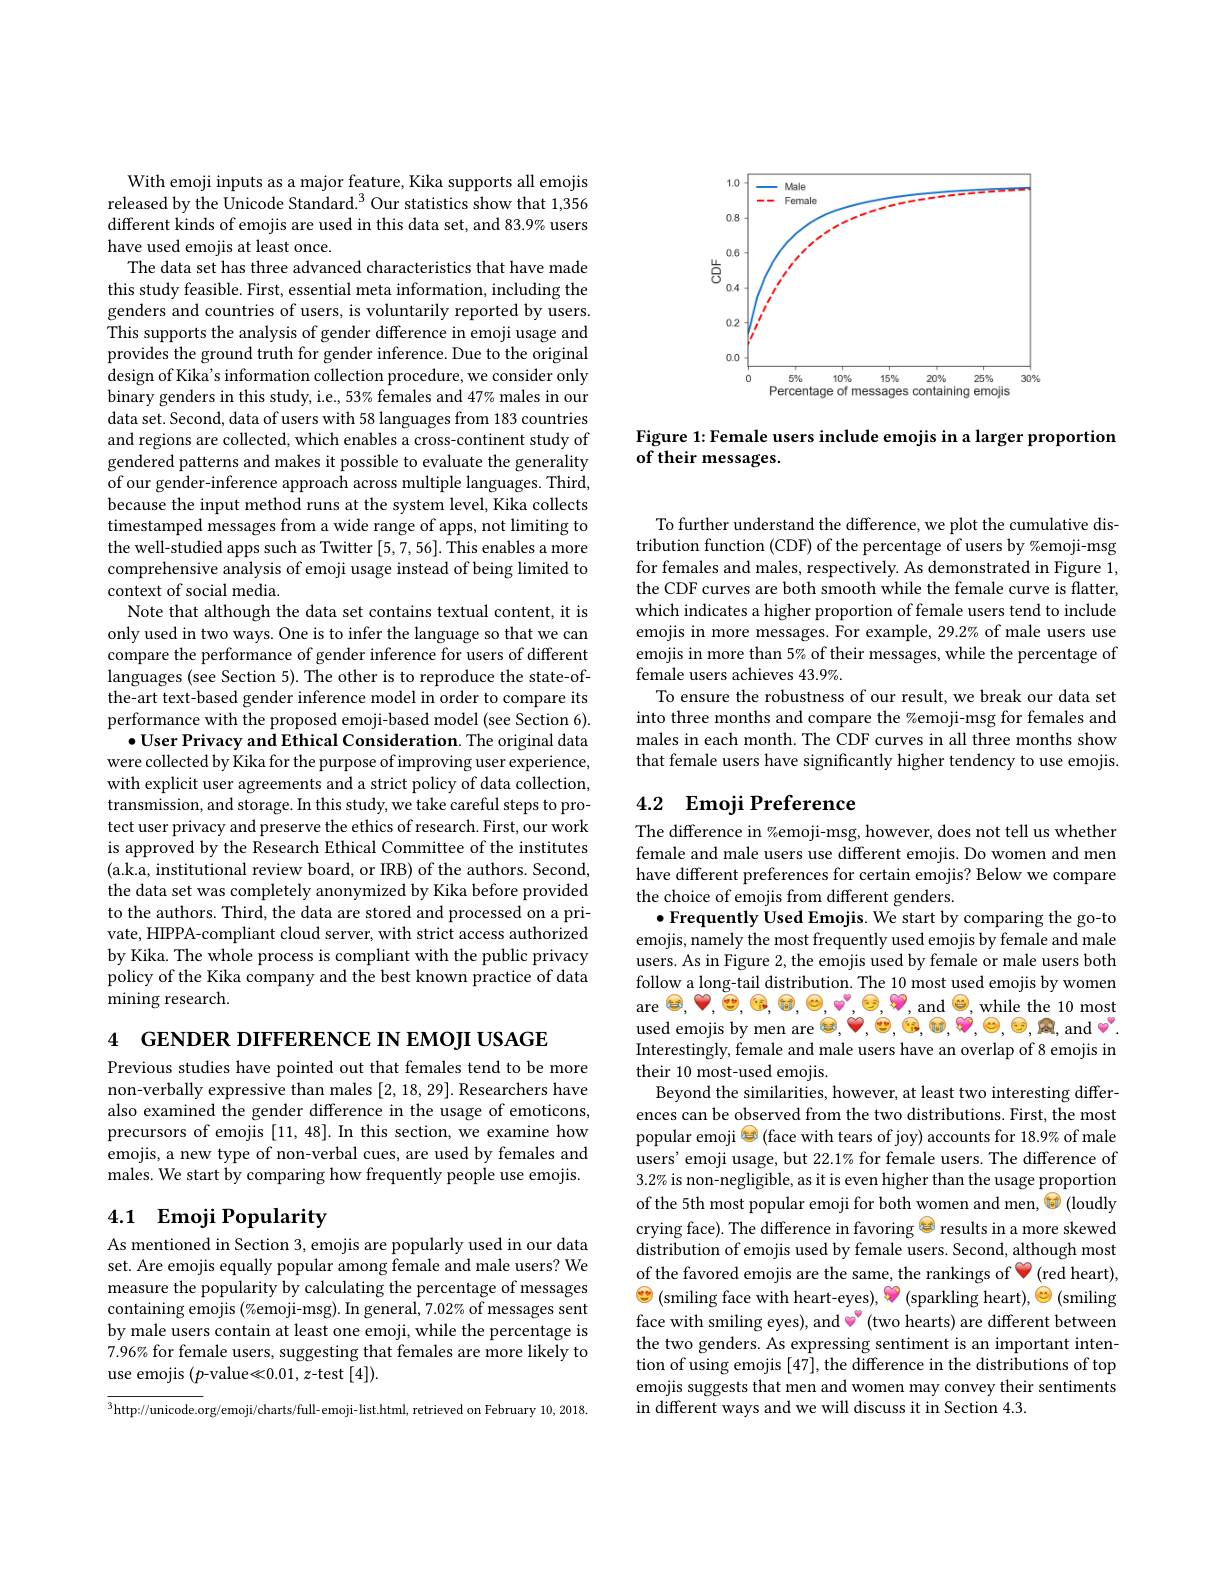
<FigureHere>

Figure 1: Female users include emojis in a larger proportion
of their messages.

With emoji inputs as a major feature, Kika supports all emojis released by the Unicode Standard.$^3$ Our statistics show that 1,356 different kinds of emojis are used in this data set, and 83.9% users have used emojis at least once.
The data set has three advanced characteristics that have made this study feasible. First, essential meta information, including the genders and countries of users, is voluntarily reported by users. This supports the analysis of gender difference in emoji usage and provides the ground truth for gender inference. Due to the original design of Kika's information collection procedure, we consider only binary genders in this study, i.e., 53% females and 47% males in our data set. Second, data of users with 58 languages from 183 countries and regions are collected, which enables a cross-continent study of gendered patterns and makes it possible to evaluate the generality of our gender-inference approach across multiple languages. Third, because the input method runs at the system level, Kika collects timestamped messages from a wide range of apps, not limiting to the well-studied apps such as Twitter [5,7,56]. This enables a more comprehensive analysis of emoji usage instead of being limited to context of social media.
Note that although the data set contains textual content, it is only used in two ways. One is to infer the language so that we can compare the performance of gender inference for users of different languages (see Section 5). The other is to reproduce the state-ofthe-art text-based gender inference model in order to compare its performance with the proposed emoji-based model (see Section 6).
$\bullet$ User Privacy and Ethical Consideration. The original data were collected by Kika for the purpose of improving user experience, with explicit user agreements and a strict policy of data collection, transmission, and storage. In this study, we take careful steps to protect user privacy and preserve the ethics of research. First, our work is approved by the Research Ethical Committee of the institutes (a.k.a, institutional review board, or IRB) of the authors. Second, the data set was completely anonymized by Kika before provided to the authors. Third, the data are stored and processed on a private, HIPPA-compliant cloud server, with strict access authorized by Kika. The whole process is compliant with the public privacy policy of the Kika company and the best known practice of data mining research.

4 GENDER DIFFERENCE IN EMOII USAGE

Previous studies have pointed out that females tend to be more non-verbally expressive than males [2,18,29]. Researchers have also examined the gender difference in the usage of emoticons, precursors of emojis [11,48]. In this section, we examine how emojis, a new type of non-verbal cues, are used by females and males. We start by comparing how frequently people use emojis.

## 4.1 Emoji Popularity

As mentioned in Section 3, emojis are popularly used in our data set. Are emojis equally popular among female and male users? We measure the popularity by calculating the percentage of messages containing emojis (%emoji-msg). In general, 7.02% of messages sent by male users contain at least one emoji, while the percentage is 7.96% for female users, suggesting that females are more likely to use emojis $(p$-value<0.01, z-test [4]).

$^3$http://unicode.org/emoji/charts/full-emoji-list.html, retrieved on February 10,2018.

To further understand the difference, we plot the cumulative distribution function (CDF) of the percentage of users by %emoji-msg for females and males, respectively. As demonstrated in Figure 1, the CDF curves are both smooth while the female curve is flatter, which indicates a higher proportion of female users tend to include emojis in more messages. For example, 29.2% of male users use emojis in more than 5% of their messages, while the percentage of female users achieves 43.9%.
To ensure the robustness of our result, we break our data set into three months and compare the %emoji-msg for females and males in each month. The CDF curves in all three months show that female users have significantly higher tendency to use emojis.

## 4.2 Emoji Preference

The difference in %emoji-msg, however, does not tell us whether female and male users use different emojis. Do women and men have different preferences for certain emojis? Below we compare the choice of emojis from different genders.
$\bullet$Frequently Used Emojis. We start by comparing the go-to emojis, namely the most frequently used emojis by female and male users. As in Figure 2, the emojis used by female or male users both follow a long-tail distribution. The 10 most used emojis by women are $\Theta,\heartsuit,\textcircled{\circ},\textcircled{\circ},\textcircled{\circ},\textcircled{\circ},\textcircled{\circ},\textcircled{\circ},\textcircled{\circ}$, and $\textcircled{\circ}$, while the 10 most used emojis by men are $\Theta,\heartsuit,\mathbb{C},\mathbb{C},\mathbb{C},\mathbb{C},\mathbb{C},\mathbb{C},\mathbb{C},\mathbb{R}$, and $\bullet.$ Interestingly, female and male users have an overlap of 8 emojis in their 10 most-used emojis.
Beyond the similarities, however, at least two interesting differences can be observed from the two distributions. First, the most popular emoji $\textcircled{\mathrm{e}}$ (face with tears of joy) accounts for 18.9% of male users' emoji usage, but 22.1% for female users. The difference of $3.2\%$ is non-negligible, as it is even higher than the usage proportion of the 5th most popular emoji for both women and men, @ (loudly crying face). The difference in favoring $\Xi$ results in a more skewed distribution of emojis used by female users. Second, although most of the favored emojis are the same, the rankings of (red heart), $\textcircled{\circ}$ (smiling face with heart-eyes), (sparkling heart), (smiling face with smiling eyes), and $\color{red}{\operatorname*{\:}}$(two hearts) are different between the two genders. As expressing sentiment is an important intention of using emojis [47], the difference in the distributions of top emojis suggests that men and women may convey their sentiments in different ways and we will discuss it in Section 4.3.